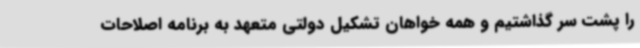
را پشت سر گذاشتیم و همه خواهان تشکیل دولتی متعهد به برنامه اصلاحات